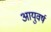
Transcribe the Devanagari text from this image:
आयुवर्ष